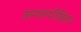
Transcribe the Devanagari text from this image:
अनलपीडिताः